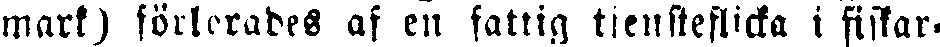
mark) förlorades af en fatlig tiensteflicka i fiskar,